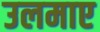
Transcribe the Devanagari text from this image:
उलमाए